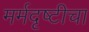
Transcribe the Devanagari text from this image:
मर्मदृष्टीचा